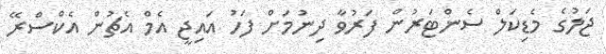
ޖަލުގެ މެޑިކަލް ސެންޓަރުން ފަރުވާ ދިނުމަށް ފަހު އައިޖީ އެމް އެޗުން އެކްސްރޭ